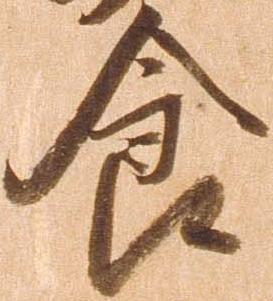
食